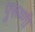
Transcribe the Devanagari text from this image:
पुरूष्णी